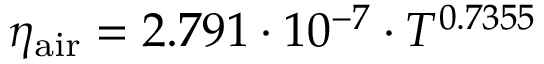
\eta _ { \mathrm { a i r } } = 2 . 7 9 1 \cdot 1 0 ^ { - 7 } \cdot T ^ { 0 . 7 3 5 5 }